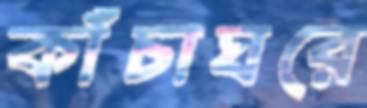
কাঁচাঘরে